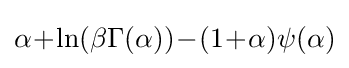
\alpha \!+\!\ln(\beta \Gamma (\alpha ))\!-\!(1\!+\!\alpha )\psi (\alpha )